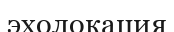
эхолокация